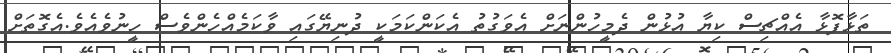
ތަޅާފޮޅާ އެއްޗިސް ކިޔާ އުޅުން ދެމީހުންނަށް އެވަގުތު އެކަންކަމަކީ ދުނިޔޭގައި ވާކަމެއްހެންވެސް ހީނުވެއެވެ.އެގޮތަށް